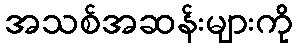
အသစ်အဆန်းများကို